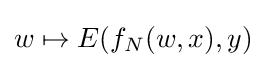
w\mapsto E(f_{N}(w,x),y)